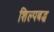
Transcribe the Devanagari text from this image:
शिल्पबद्ध